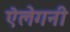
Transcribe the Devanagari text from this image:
ऐलेगनी